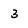
Character: 3